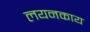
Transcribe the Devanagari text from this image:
लयनकाय